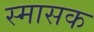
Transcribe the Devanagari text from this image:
स्मासक